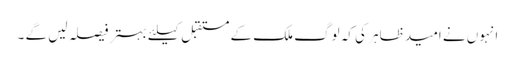
انہوں نے امید ظاہر کی کہ لوگ ملک کے مستقبل کیلئے بہتر فیصلہ لیں گے ۔